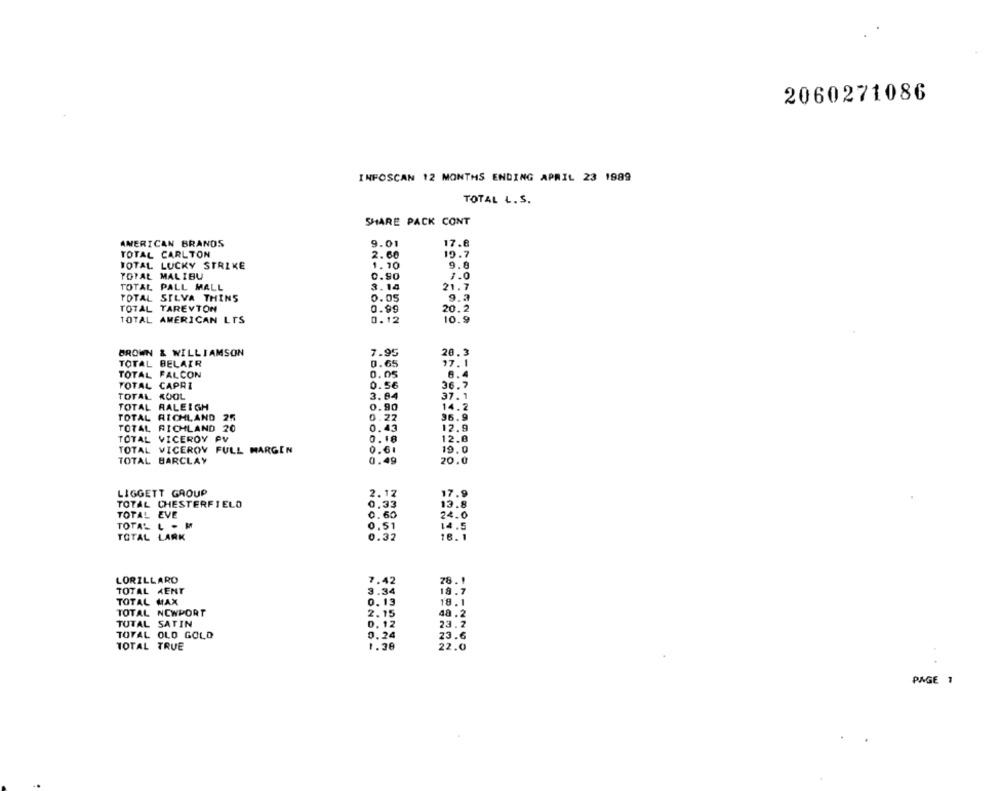
2060271086
INFOSCAN 12 MONTHS ENDING APRIL 23 1989
TOTAL L.S.
SHARE PACK CONT
AMERICAN BRANDS
9.01
17.6
TOTAL CARLTON
2.60
19.7
TOTAL LUCKY STRIKE
1.10
9.8
TOTAL MALIBU
0.90
1.0
TOTAL PALL MALL
3.14
21.7
TOTAL SILVA THINS
0.05
9.2
TOTAL TAREVTON
0.99
20.2
TOTAL AMERICAN LIS
0.12
10.9
BROWN & WILLIAMSON
7.95
20.3
TOTAL BELAIR
0.65
17.1
TOTAL FALCON
0.05
6.4
TOTAL CAPRI
0.56
36.7
TOTAL KOOL
3.84
37. 1
TOTAL RALEIGH
0.90
14.2
TOTAL RICHLAND 25
22
36.9
TOTAL RICHLAND 20
12.9
0.43
TOTAL VICEROY PV
0. 18
12.8
TOTAL VICEROY FULL MARGEN
0.61
19.0
TOTAL BARCLAY
0.49
20.0
LIGGETT GROUP
2.12
17.9
TOTAL CHESTERFIELD
0,33
13.8
TOTAL EVE
0.60
24.0
TOTAL L - M
0.51
14.5
TOTAL LARK
0.32
18.1
LORILLARD
7.42
78.1
TOTAL MENT
3.34
19.7
TOTAL MAX
0.13
18.1
TOTAL NEWPORT
2.15
48.2
TUTAL SATIN
0. 12
23.2
TOTAL OLD GOLD
0.24
23.6
TOTAL TRUE
1.38
22.0
PAGE 1